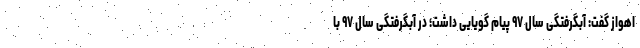
اهواز گفت: آبگرفتگی سال ۹۷ پیام گویایی داشت؛ در آبگرفتگی سال ۹۷ با